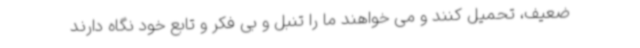
ضعیف، تحمیل کنند و می خواهند ما را تنبل و بی فکر و تابع خود نگاه دارند